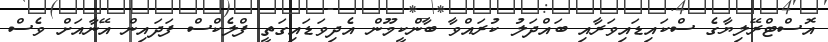
އޮސްޓްރޭލިޔާގެ ސްކައިޑައިވަރާއި ބައްދަލު ކުރައްވާ ބާންކީމޫން އެދިވަޑައިގަތީ ފްލެކްސް ފަދައިން އޭނާއަށް ވެސް